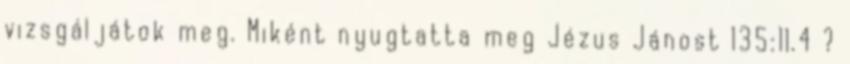
vizsgáljátok meg. Miként nyugtatta meg Jézus Jánost 135:11.4 ?